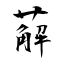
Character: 薢